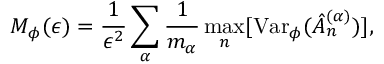
M _ { \phi } ( \epsilon ) = \frac { 1 } { \epsilon ^ { 2 } } \sum _ { \alpha } \frac { 1 } { m _ { \alpha } } \operatorname* { m a x } _ { n } [ \mathrm { V a r } _ { \phi } ( \hat { A } _ { n } ^ { ( \alpha ) } ) ] ,